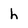
Character: h